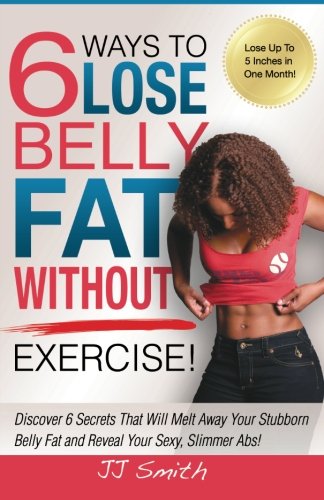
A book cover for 6 Ways to Lose Belly Fat Without Exercise!; JJ Smith; Health, Fitness & Dieting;